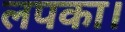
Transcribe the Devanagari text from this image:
लपका।